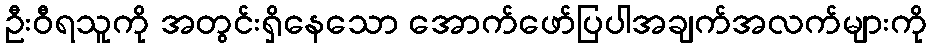
ဦးဝီရသူကို အတွင်းရှိနေသော အောက်ဖော်ပြပါအချက်အလက်များကို